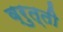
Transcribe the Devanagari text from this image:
व्रुत्ती